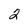
Character: 2